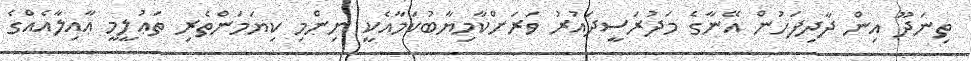
ތިނަދޫ އިން ދާދިފަހުން އޭނާގެ މަދުރަސީދައުރު ވަރަށްކާމިޔާބުކަމާއެކީ ނިންމި ކިޔަމަންތެރި ތަޢުލީމީ ޢާއިލާއެއްގެ